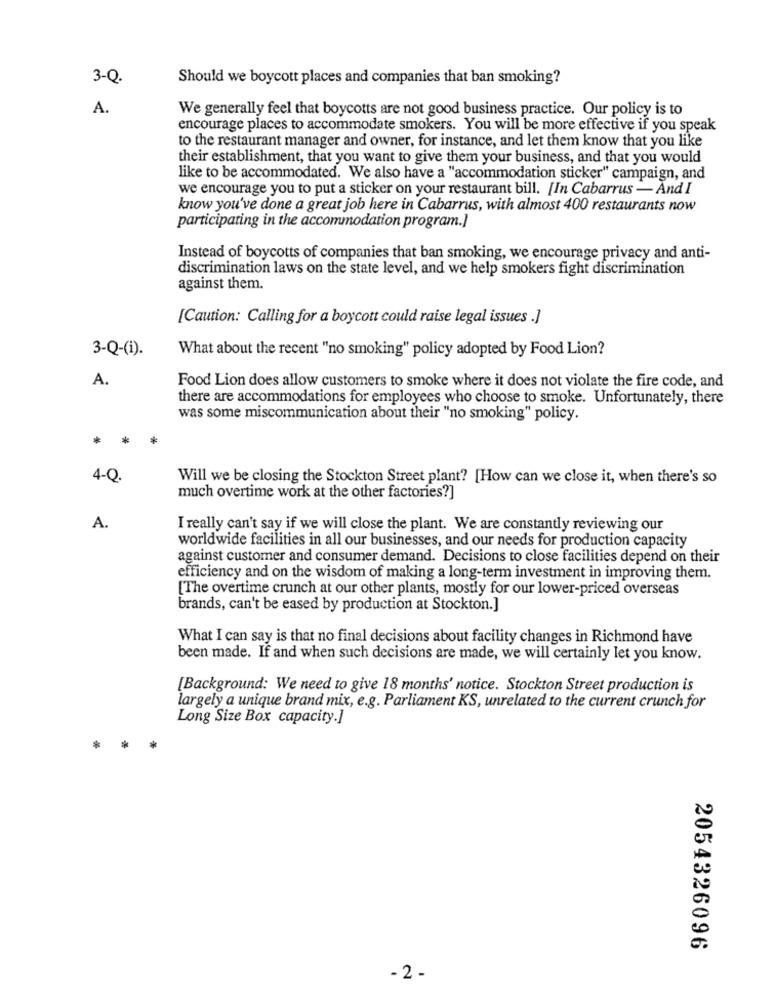
3-Q.
Should we boycott places and companies that ban smoking?
A.
We generally feel that boycotts are not good business practice. Our policy is to
encourage places to accommodate smokers. You will be more effective if you speak
to the restaurant manager and owner, for instance, and let them know that you like
their establishment, that you want to give them your business, and that you would
like to be accommodated. We also have a "accommodation sticker" campaign, and
we encourage you to put a sticker on your restaurant bill. [In Cabarrus - And I
know you've done a great job here in Cabarrus, with almost 400 restaurants now
participating in the accommodation program.]
Instead of boycotts of companies that ban smoking, we encourage privacy and anti-
discrimination laws on the state level, and we help smokers fight discrimination
against them.
[Caution: Calling for a boycott could raise legal issues .]
3-Q-(i).
What about the recent "no smoking" policy adopted by Food Lion?
A.
Food Lion does allow customers to smoke where it does not violate the fire code, and
there are accommodations for employees who choose to smoke. Unfortunately, there
was some miscommunication about their "no smoking" policy.
*
*
4-Q.
Will we be closing the Stockton Street plant? [How can we close it, when there's so
much overtime work at the other factories?]
A.
I really can't say if we will close the plant. We are constantly reviewing our
worldwide facilities in all our businesses, and our needs for production capacity
against customer and consumer demand. Decisions to close facilities depend on their
efficiency and on the wisdom of making a long-term investment in improving them.
[The overtime crunch at our other plants, mostly for our lower-priced overseas
brands, can't be eased by production at Stockton.]
What I can say is that no final decisions about facility changes in Richmond have
been made. If and when such decisions are made, we will certainly let you know.
[Background: We need to give 18 months' notice. Stockton Street production is
largely a unique brand mix, e.g. Parliament KS, unrelated to the current crunch for
Long Size Box capacity.]
2054326096
- 2 -